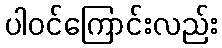
ပါဝင်ကြောင်းလည်း